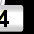
Digit: 3